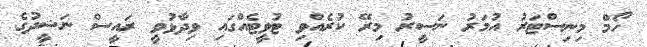
ހޯމް މިނިސްޓަރު އުމަރު ނަސީރު މިރޭ ކުރެއްވި ޓުވީޓެއްގައި ވިދާޅުވީ ރައީސް ނަޝީދުގެ